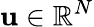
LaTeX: \mathbf{u}\in\mathbb{R}^{N}